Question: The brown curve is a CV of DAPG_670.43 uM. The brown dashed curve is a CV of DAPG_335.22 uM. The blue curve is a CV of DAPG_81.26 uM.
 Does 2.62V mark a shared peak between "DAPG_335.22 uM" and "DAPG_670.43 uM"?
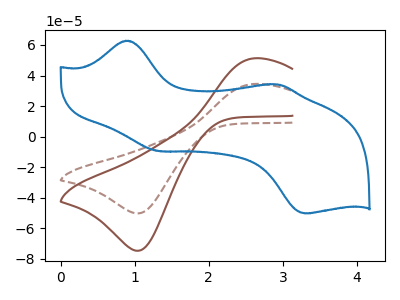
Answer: <think>The brown curve "DAPG_670.43 uM" has an anodic peak at (2.60V, 51.30uA) and a cathodic peak at (1.05V, -74.70uA). The brown dashed curve "DAPG_335.22 uM" has an anodic peak at (2.60V, 34.50uA) and a cathodic peak at (1.05V, -50.25uA). The blue curve "DAPG_81.26 uM" has anodic peaks at (0.90V, 62.80uA) (2.95V, 34.20uA) and cathodic peaks at (1.30V, -9.45uA) (3.30V, -50.25uA).</think>
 <answer>Yes, "DAPG_335.22 uM" and "DAPG_670.43 uM" share a peak at 2.62V.</answer>
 <eval>match</eval>